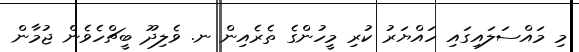
މި މައްސަލައިގައި ހައްޔަރު ކުރި މީހުންގެ ތެރެއިން ނ. ވެލިދޫ ބީޗްހެވެން ޖުމާން